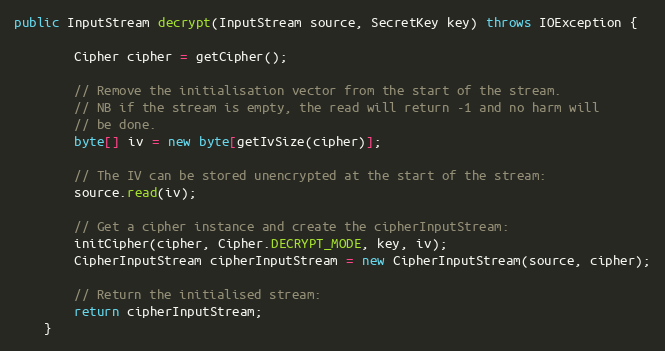
Language: Java
public InputStream decrypt(InputStream source, SecretKey key) throws IOException {

        Cipher cipher = getCipher();

        // Remove the initialisation vector from the start of the stream.
        // NB if the stream is empty, the read will return -1 and no harm will
        // be done.
        byte[] iv = new byte[getIvSize(cipher)];

        // The IV can be stored unencrypted at the start of the stream:
        source.read(iv);

        // Get a cipher instance and create the cipherInputStream:
        initCipher(cipher, Cipher.DECRYPT_MODE, key, iv);
        CipherInputStream cipherInputStream = new CipherInputStream(source, cipher);

        // Return the initialised stream:
        return cipherInputStream;
    }